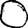
Digit: 0